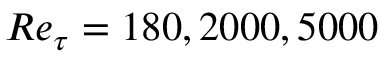
R e _ { \tau } = 1 8 0 , 2 0 0 0 , 5 0 0 0